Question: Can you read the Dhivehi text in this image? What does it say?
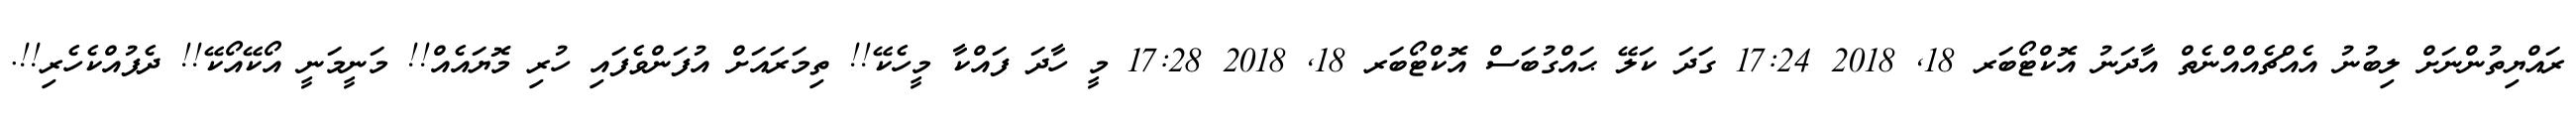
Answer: ރައްޔިތުންނަށް ލިބުނު އެއްޗެއްއްނެތް އާދަނު އޮކްޓޯބަރ 18, 2018 17:24 ގަދަ ކަލޭ ޙައްގުބަސް އޮކްޓޯބަރ 18, 2018 17:28 މީ ހާދަ ފައްކާ މީހެކޭ!! ތިމަރައަށް އުފަންވެފައި ހުރި މޮޔައެއް!! މަނީމަނީ އޯކޭއޯކޭ!! ދެފުއްކެހެރި!!.